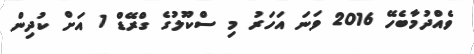
ވެއްދުމާބެހޭ 2016 ވަނަ އަހަރު މި ސްކޫލުގެ ގްރޭޑް 1 އަށް ކުދިން